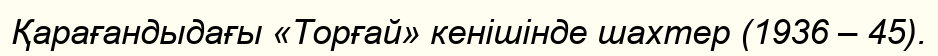
Қарағандыдағы «Торғай» кенішінде шахтер (1936 – 45).